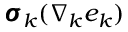
\pmb { \sigma } _ { k } ( \nabla _ { k } e _ { k } )